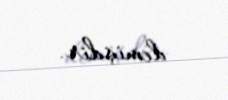
demişdir.